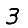
Digit: 3